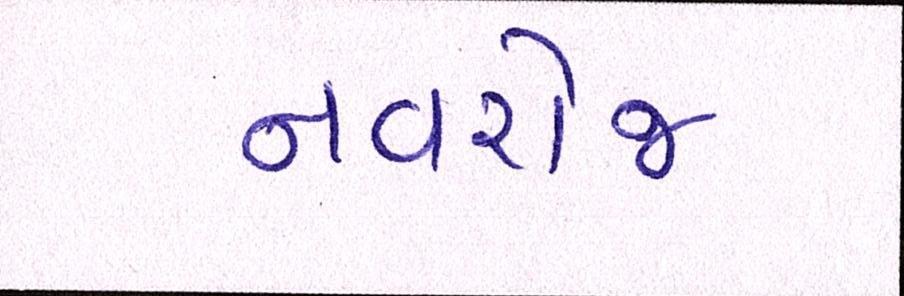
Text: નવરોજ